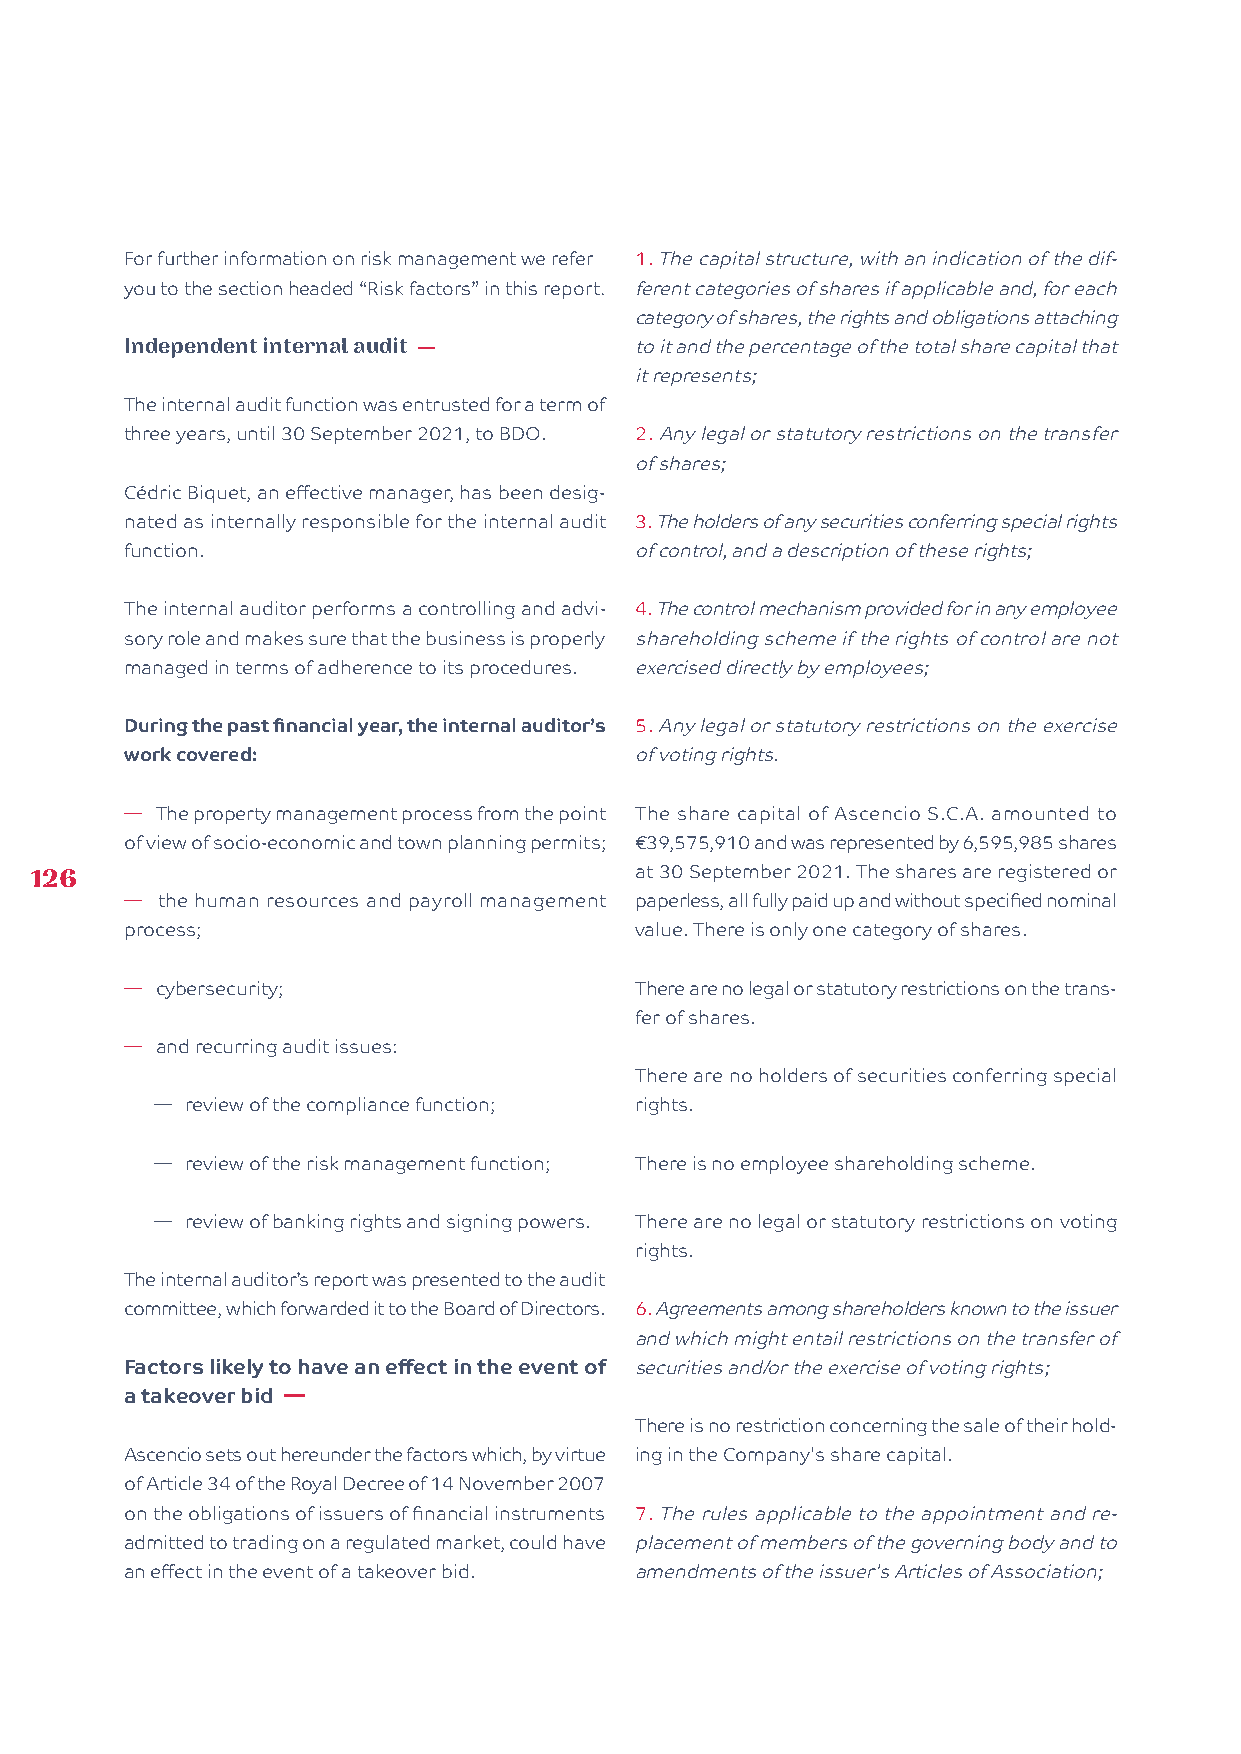
For further information on risk management we refer 1. The capital structure, with an indication of the dif-
 you to the section headed “Risk factors” in this report. ferent categories of shares if applicable and, for each
 category of shares, the rights and obligations attaching
 Independent internal audit —      to it and the percentage of the total share capital that
 it represents;
 The internal audit function was entrusted for a term of
 three years, until 30 September 2021, to BDO. 2. Any legal or statutory restrictions on the transfer
 of shares;
 Cédric Biquet, an effective manager, has been desig-
 nated as internally responsible for the internal audit 3. The holders of any securities conferring special rights
 function.                         of control, and a description of these rights;
 The internal auditor performs a controlling and advi- 4. The control mechanism provided for in any employee
 sory role and makes sure that the business is properly shareholding scheme if the rights of control are not
 managed in terms of adherence to its procedures. exercised directly by employees;
 During the past financial year, the internal auditor’s 5. Any legal or statutory restrictions on the exercise
 work covered:                     of voting rights.
 � The property management process from the point The share capital of Ascencio S.C.A. amounted to
 of view of socio-economic and town planning permits; €39,575,910 and was represented by 6,595,985 shares
 126                                     at 30 September 2021. The shares are registered or
 � the human resources and payroll management paperless, all fully paid up and without specified nominal
 process;                          value. There is only one category of shares.
 � cybersecurity;                  There are no legal or statutory restrictions on the trans-
 fer of shares.
 � and recurring audit issues:
 There are no holders of securities conferring special
 � review of the compliance function; rights.
 � review of the risk management function; There is no employee shareholding scheme.
 � review of banking rights and signing powers. There are no legal or statutory restrictions on voting
 rights.
 The internal auditor’s report was presented to the audit
 committee, which forwarded it to the Board of Directors. 6. Agreements among shareholders known to the issuer
 and which might entail restrictions on the transfer of
 Factors likely to have an effect in the event of securities and/or the exercise of voting rights;
 a takeover bid �
 There is no restriction concerning the sale of their hold-
 Ascencio sets out hereunder the factors which, by virtue ing in the Company's share capital.
 of Article 34 of the Royal Decree of 14 November 2007
 on the obligations of issuers of financial instruments 7. The rules applicable to the appointment and re-
 admitted to trading on a regulated market, could have placement of members of the governing body and to
 an effect in the event of a takeover bid. amendments of the issuer's Articles of Association;